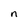
Character: n